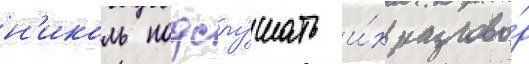
н'иколь подслу́шать и́х разгово́р